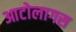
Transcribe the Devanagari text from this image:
आटोलागस